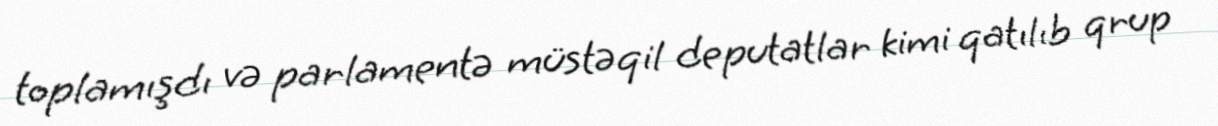
toplamışdı və parlamentə müstəqil deputatlar kimi qatılıb qrup